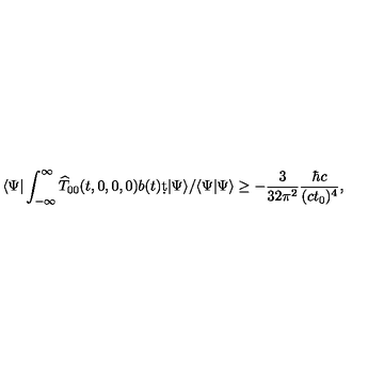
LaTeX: \langle \Psi | \int _ { - \infty } ^ { \infty } { \widehat T } _ { 0 0 } ( t , 0 , 0 , 0 ) b ( t ) \d t | \Psi \rangle / \langle \Psi | \Psi \rangle \geq - { \frac { 3 } { 3 2 \pi ^ { 2 } } } { \frac { \hbar c } { ( c t _ { 0 } ) ^ { 4 } } } ,